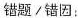
错题/错因：